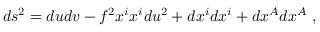
d s ^ { 2 } = d u d v - f ^ { 2 } x ^ { i } x ^ { i } d u ^ { 2 } + d x ^ { i } d x ^ { i } + d x ^ { A } d x ^ { A } ~ ,